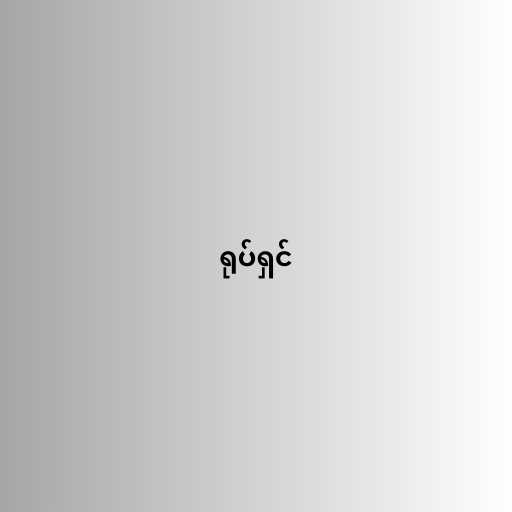
ရုပ်ရှင်